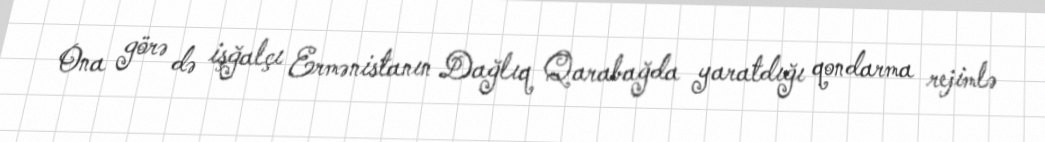
Ona görə də işğalçı Ermənistanın Dağlıq Qarabağda yaratdığı qondarma rejimlə